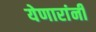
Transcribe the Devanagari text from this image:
येणारांनी